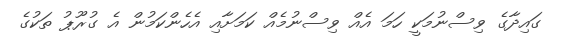
ގައިދާގެ ވިސްނުމަކީ ހަމަ އެއް ވިސްނުމެއް ކަމަށާއި އެހެންކަމުން އެ ގުރޫޕު ތަކުގެ